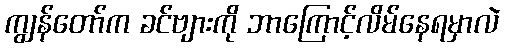
ကျွန်တော်က ခင်ဗျားကို ဘာကြောင့်လိမ်နေရမှာလဲ